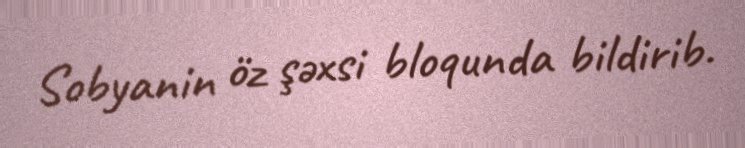
Sobyanin öz şəxsi bloqunda bildirib.